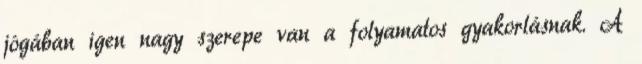
jógában igen nagy szerepe van a folyamatos gyakorlásnak. A